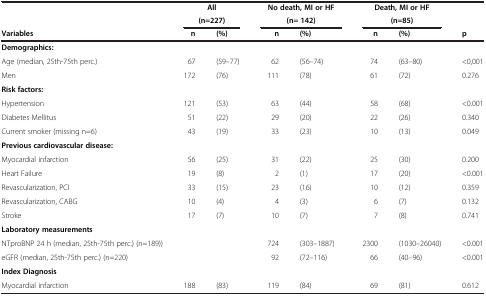
| <ROWSPAN=2>  | <COLSPAN=2> All | <COLSPAN=2> No death, MI or HF | <COLSPAN=2> Death, MI or HF | <ROWSPAN=2>  |
 | <COLSPAN=2> (n=227) | <COLSPAN=2> (n= 142) | <COLSPAN=2> (n=85) |
 | Variables | n | (%) | n | (%) | n | (%) | p |
 | --- | --- | --- | --- | --- | --- | --- | --- |
 | Demographics: |  |  |  |  |  |  |  |
 | Age (median, 25th-75th perc.) | 67 | (59–77) | 62 | (56–74) | 74 | (63–80) | <0,001 |
 | Men | 172 | (76) | 111 | (78) | 61 | (72) | 0.276 |
 | Risk factors: |  |  |  |  |  |  |  |
 | Hypertension | 121 | (53) | 63 | (44) | 58 | (68) | <0.001 |
 | Diabetes Mellitus | 51 | (22) | 29 | (20) | 22 | (26) | 0.340 |
 | Current smoker (missing n=6) | 43 | (19) | 33 | (23) | 10 | (13) | 0.049 |
 | Previous cardiovascular disease: |  |  |  |  |  |  |  |
 | Myocardial infarction | 56 | (25) | 31 | (22) | 25 | (30) | 0.200 |
 | Heart Failure | 19 | (8) | 2 | (1) | 17 | (20) | <0.001 |
 | Revascularization, PCI | 33 | (15) | 23 | (16) | 10 | (12) | 0.359 |
 | Revascularization, CABG | 10 | (4) | 4 | (3) | 6 | (7) | 0.132 |
 | Stroke | 17 | (7) | 10 | (7) | 7 | (8) | 0.741 |
 | Laboratory measurements |  |  |  |  |  |  |  |
 | NTproBNP 24 h (median, 25th-75th perc.) (n=189)) |  |  | 724 | (303–1887) | 2300 | (1030–26040) | <0.001 |
 | eGFR (median, 25th-75th perc.) (n=220) |  |  | 92 | (72–116) | 66 | (40–96) | <0.001 |
 | Index Diagnosis |  |  |  |  |  |  |  |
 | Myocardial infarction | 188 | (83) | 119 | (84) | 69 | (81) | 0.612 |